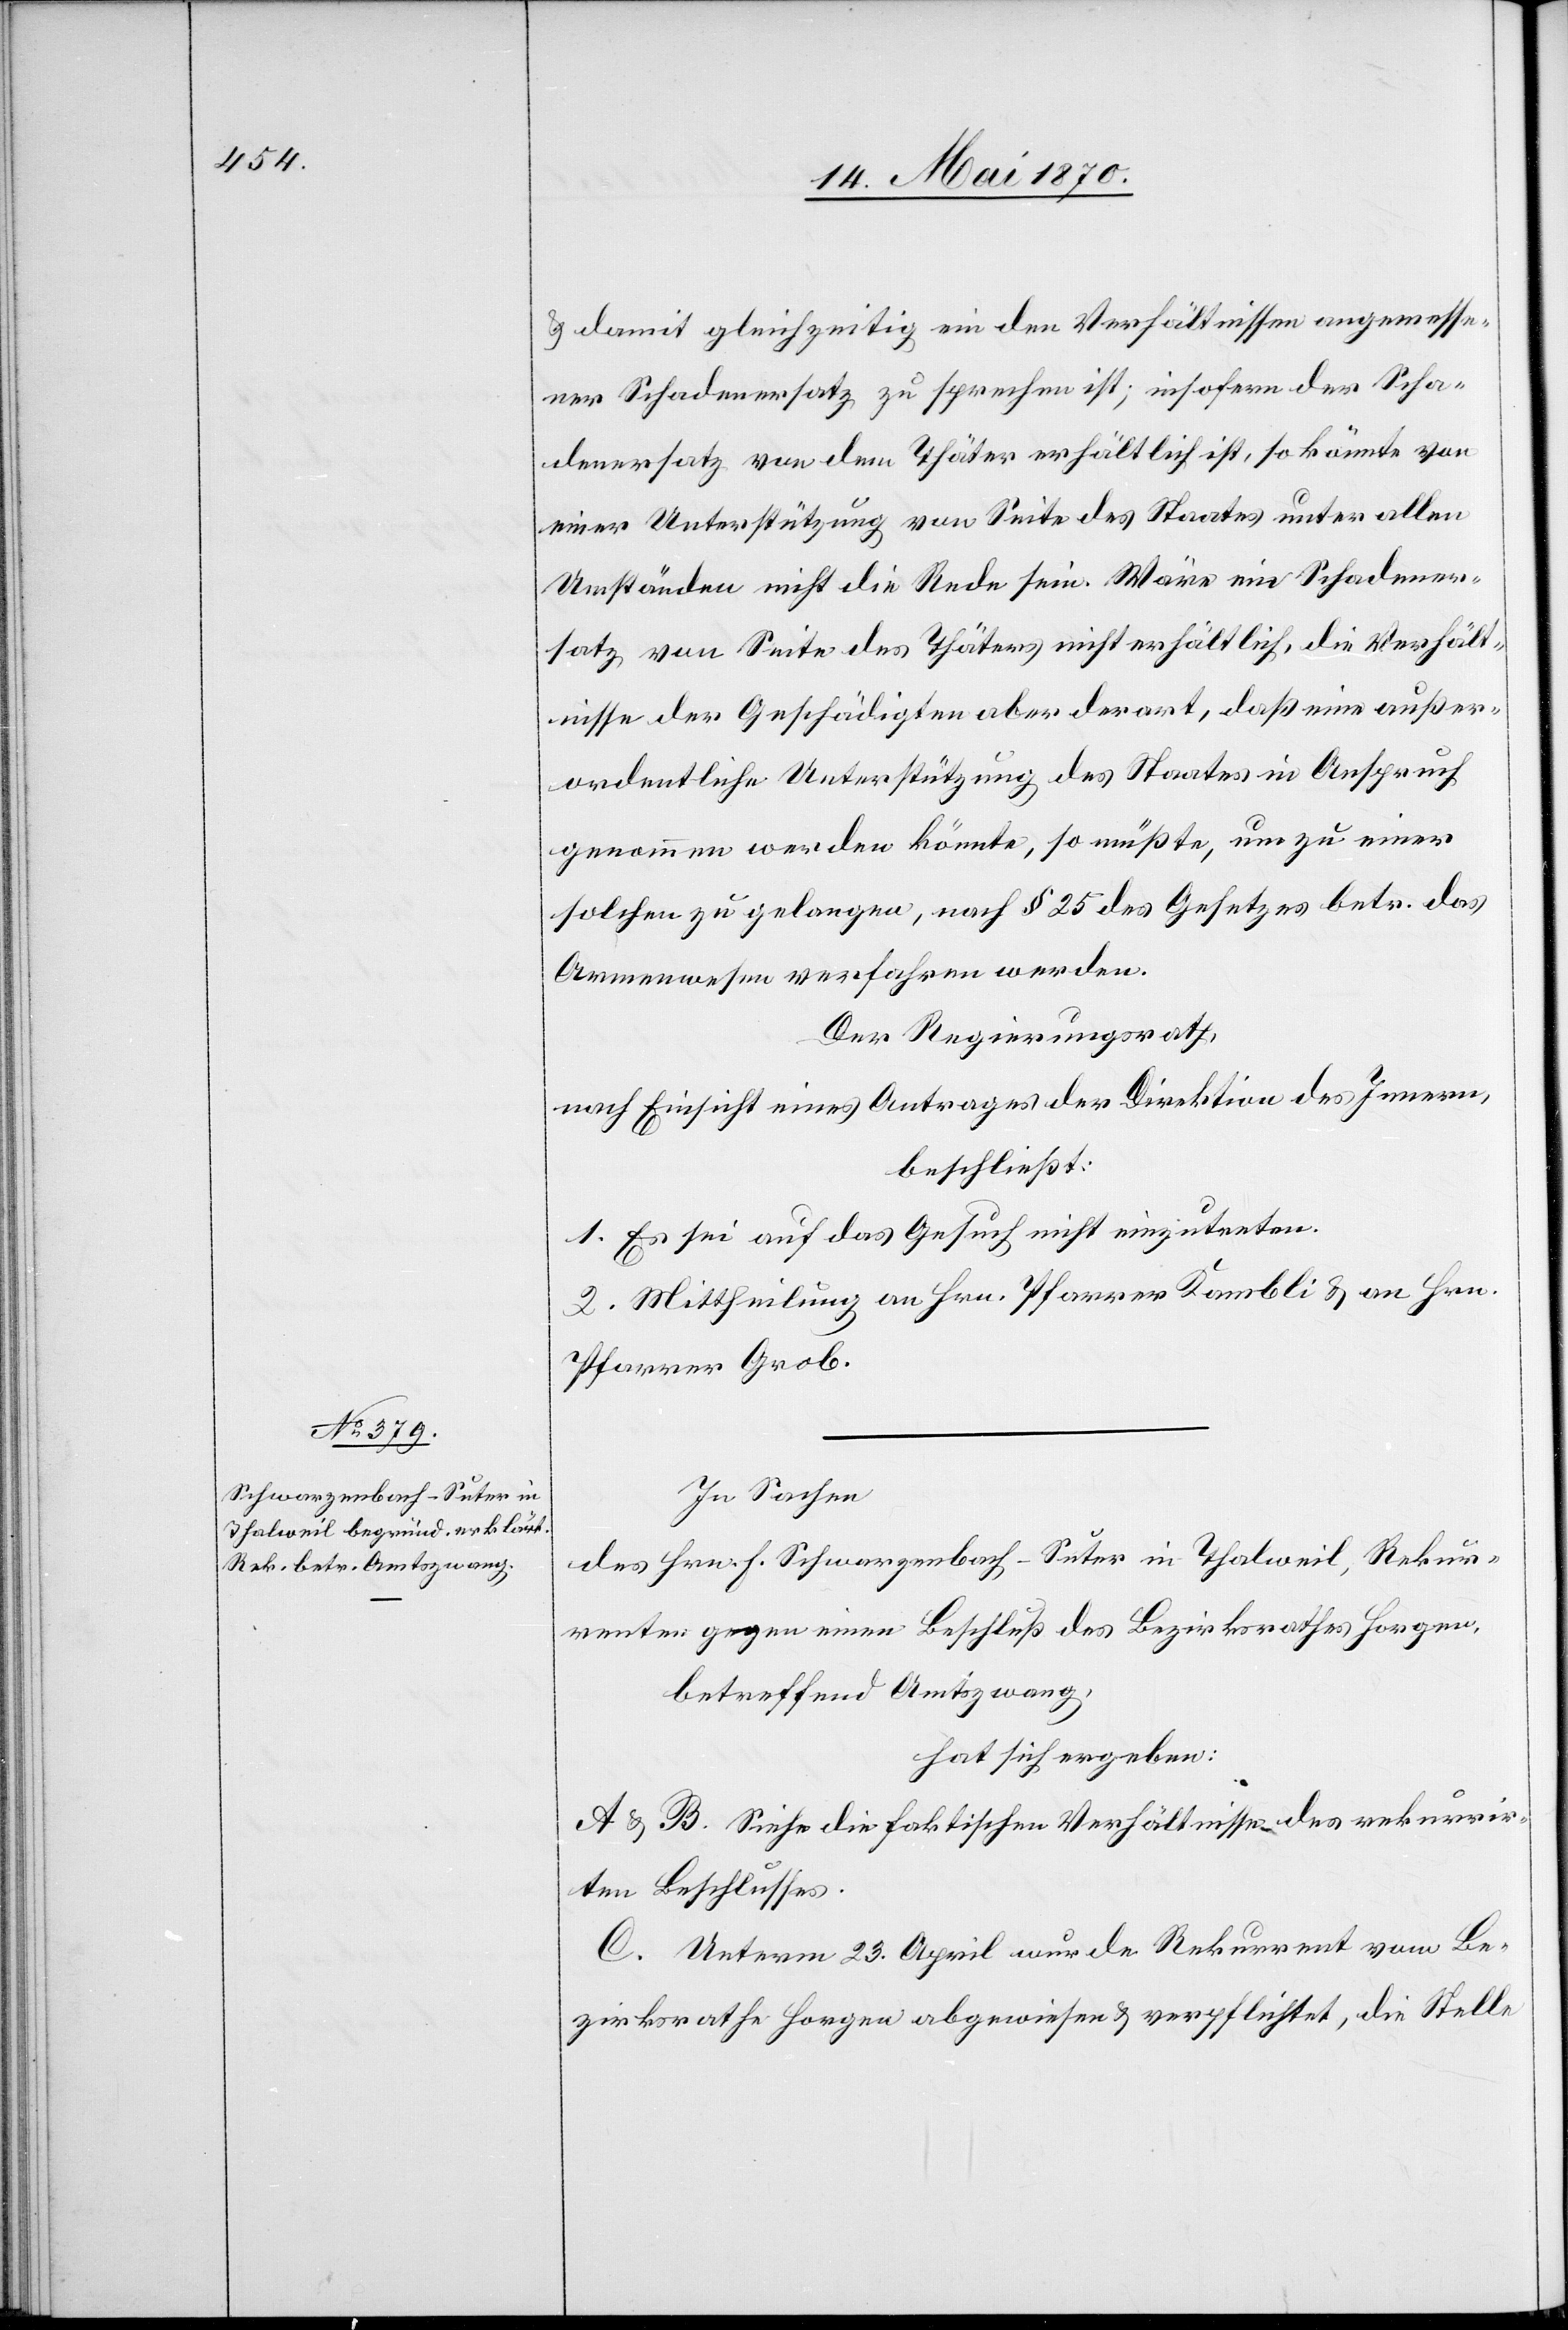
& damit gleichzeitig ein den Verhältnissen angemesse¬
ner Schadenersatz zu sprechen ist; insofern der Scha¬
denersatz von dem Thäter erhältlich ist, so könnte von
einer Unterstützung von Seite des Staates unter allen
Umständen nicht die Rede sein. Wäre ein Schadener¬
satz von Seite des Thäters nicht erhältlich, die Verhält¬
nisse der Geschädigten aber derart, daß eine außer¬
ordentliche Unterstützung des Staates in Anspruch
genommen werden könnte, so müßte, um zu einer
solchen zu gelangen, nach § 25 des Gesetzes betr. das
Armenwesen verfahren werden.
Der Regierungsrath,
nach Einsicht eines Antrages der Direktion des Innern,
beschließt:
1. Es sei auf das Gesuch nicht einzutreten.
2. Mittheilung an Hrn. Pfarrer Kambli & an Hrn.
Pfarrer Grob.
In Sachen
des Hrn. F. Schwarzenbach-Suter in Thalweil, Rekur¬
renten gegen einen Beschluß des Bezirksrathes Horgen,
betreffend Amtszwang,
hat sich ergeben:
A & B. Siehe die faktischen Verhältnisse des rekurrir¬
ten Beschlusses.
C. Unterm 23. April wurde Rekurrent vom Be¬
zirksrathe Horgen abgewiesen & verpflichtet, die Stelle